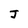
Character: J